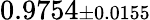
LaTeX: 0.9754{\scriptstyle\pm 0.0155}